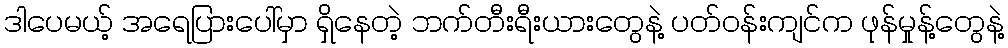
ဒါပေမယ့် အရေပြားပေါ်မှာ ရှိနေတဲ့ ဘက်တီးရီးယားတွေနဲ့ ပတ်ဝန်းကျင်က ဖုန်မှုန့်တွေနဲ့